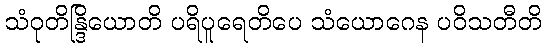
သံဝုတိန္ဒြိယောတိ ပရိပူရေတိပေ သံယောဂေန ပဝိသတီတိ